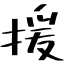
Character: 援